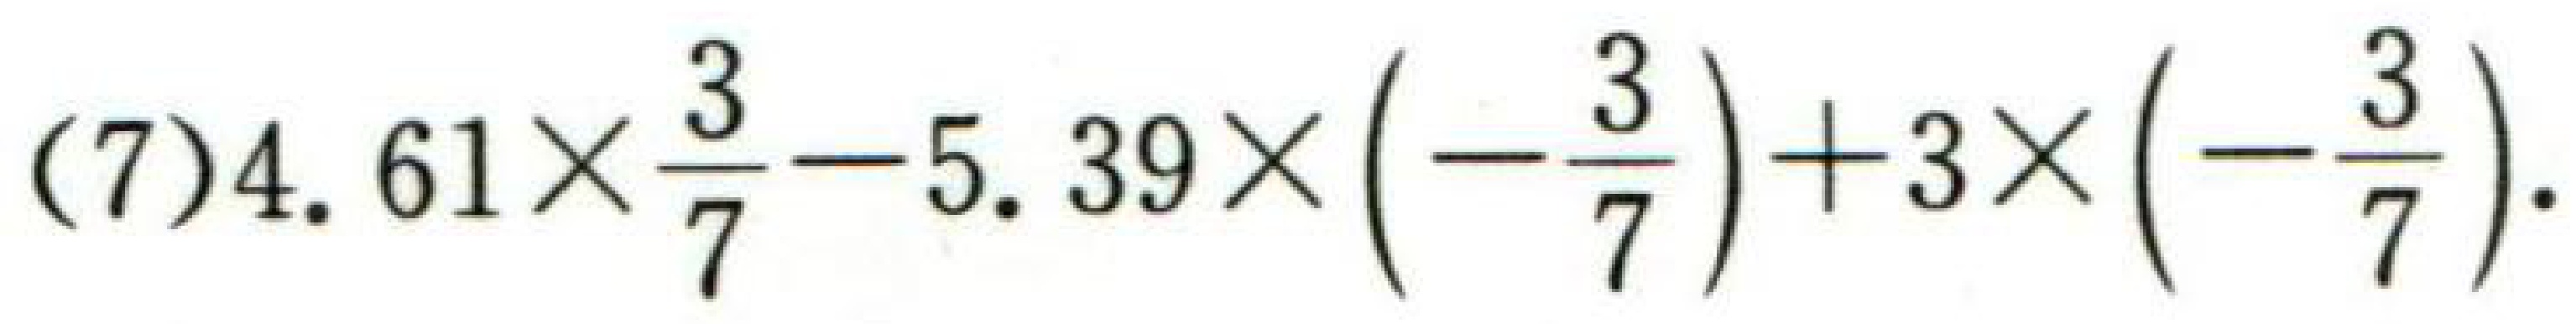
$(7)4.61\times\frac{3}{7}-5.39\times(-\frac{3}{7}) + 3\times(-\frac{3}{7})$